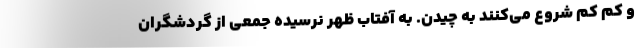
و کم کم شروع می‌کنند به چیدن. به آفتاب ظهر نرسیده جمعی از گردشگران